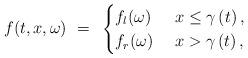
LaTeX: \begin{align*} f(t,x,\omega)~=~ \begin{cases} f_{l}(\omega)&~x\le \gamma\left(t\right),\\ f_{r}(\omega)&~x>\gamma\left(t\right), \end{cases}\end{align*}